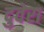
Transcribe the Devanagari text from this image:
दुवेरा